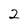
Character: 2